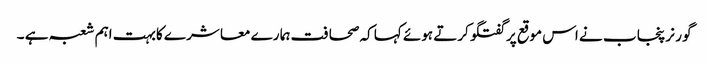
گو ر نر پنجا ب نے اس موقع پر گفتگو کرتے ہوئے کہا کہ صحا فت ہما رے معا شر ے کابہت اہم شعبہ ہے ۔